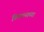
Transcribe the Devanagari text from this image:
विपणनाच्या